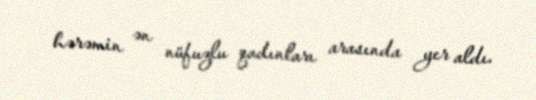
hərəmin ən nüfuzlu qadınları arasında yer aldı.